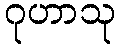
ဂုဟာသု